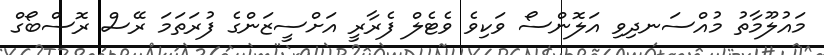
މައުލޫމާތު މުއްސަނދިވި އަލޮންސޯ ވަކިވެ ވެޓެލް ފެރާރީ އަށްސީޒަންގެ ފުރަތަމަ ރޭސް ރޮސްބޯގް